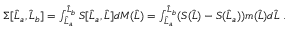
\begin{array} { r } { \Sigma [ \widehat { L } _ { a } , \widehat { L } _ { b } ] = \int _ { \widehat { L } _ { a } } ^ { \widehat { L } _ { b } } S [ \widehat { L } _ { a } , \widehat { L } ] d M ( \widehat { L } ) = \int _ { \widehat { L } _ { a } } ^ { \widehat { L } _ { b } } ( S ( \widehat { L } ) - S ( \widehat { L } _ { a } ) ) m ( \widehat { L } ) d \widehat { L } \ . } \end{array}